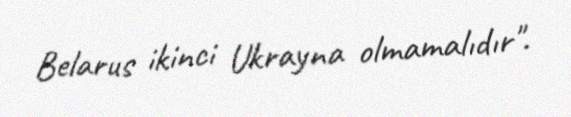
Belarus ikinci Ukrayna olmamalıdır".